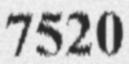
7520